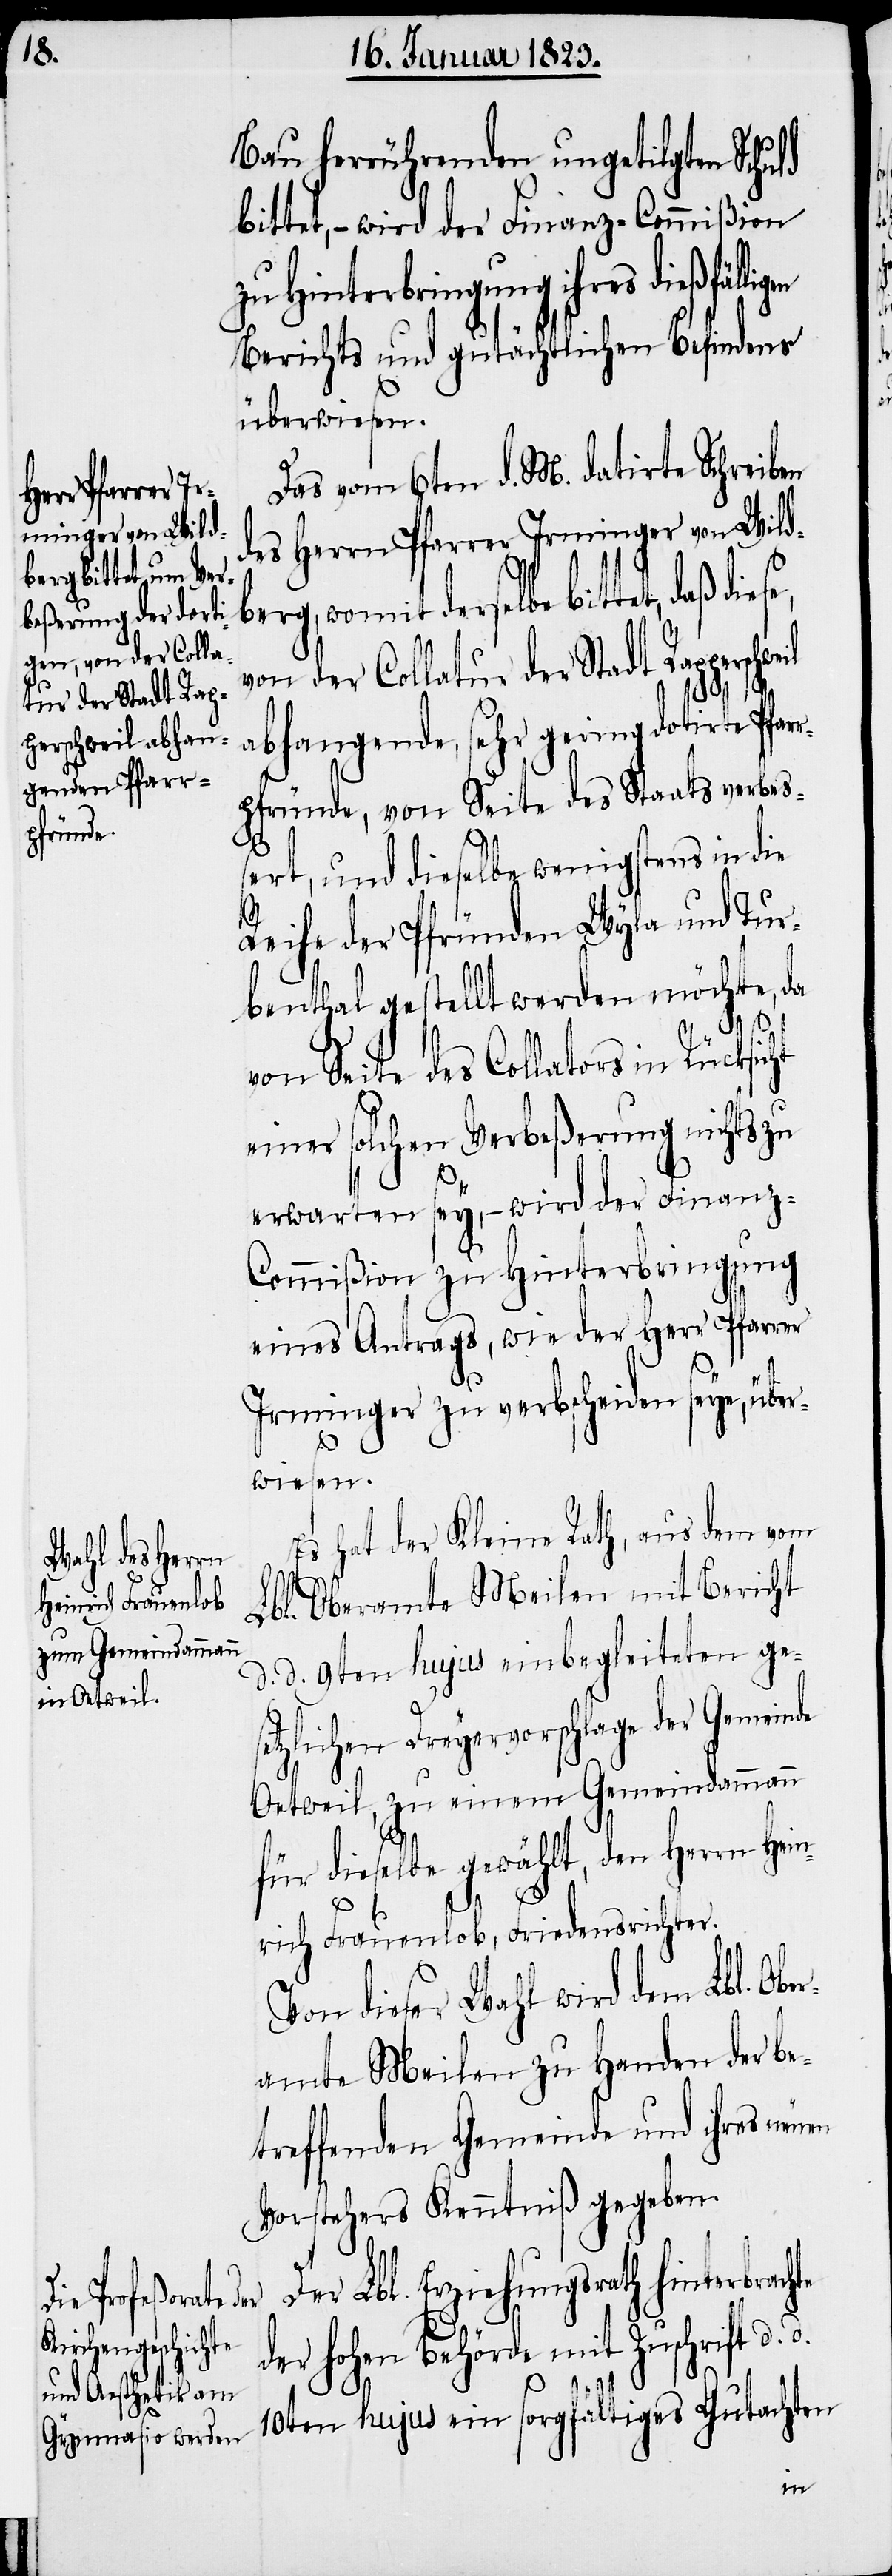
diese, von der Colla¬
tur der Stadt Rap¬
perschweil a¬

Bau herrührenden ungetilgten Schuld
tet, – wird der Finanz-Commißion
zu Hinterbringung ihres dießfälli¬
Berichts und gutächtlichen Befindens
überwiesen.
Das vom 6ten d. M. datirte Schreiben
des Herrn Pfarrer Irminger von Wild¬
berg, womit derselbe bittet, daß
bhangende, sehr gering dotirte Pfar¬
rpfründe, von Seite des Staats verbe¬
ßert, und dieselbe wenigstens in die
Reihe der Pfründen Wyla und Tur¬
benthal gestellt werden möchte, da
te
von Seite des Collators in Rücksicht
einer solchen Verbeßerung nichts zu
erwarten sey, – wird der Finanz-C¬
ommißion zu Hinterbringung
eines Antrags, wie der Herr Pfarrer
Irminger zu verbscheiden seye, über¬
wiesen.
Es hat der Kleine Rath, aus dem vom
Lbl. Oberamte Meilen mit Bericht
d. d. 9ten hujus einbegleiteten ge¬
setzlichen Dreyervorschlage der Gemeinde
Oetweil, zu einem Gemeindammann
für dieselbe gewählt, den Herrn Hei¬
nrich Frauenlob, Friedensrichter.
Von dieser Wahl wird dem Lbl. Obe¬
ramte Meilen zu Handen der b¬
etreffenden Gemeinde und ihres neuen
Vorstehers Kenntniß gegeben.
Der Lbl. Erziehungsrath hinterbrach¬
der hohen Behörde mit Zuschrift d.
d.
10ten hujus ein sorgfältiges Gutachten
gen